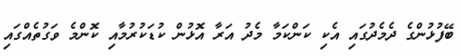
ބޭފުޅުންގެ ދެމެދުގައި އެކި ކަންކަމާ މެދު އަރާ އޮޅުން ކުޑަކުރުމާއި ކޮންމެ ވަގުތެއްގައި